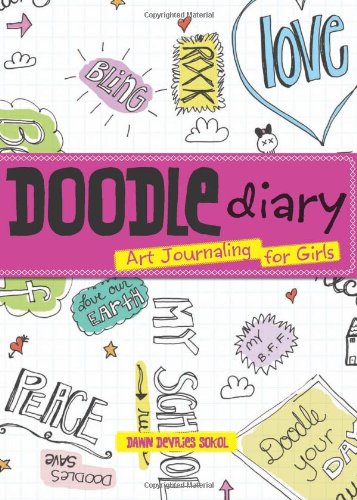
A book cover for Doodle Diary: Art Journaling for Girls; Dawn DeVries Sokol; Children's Books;